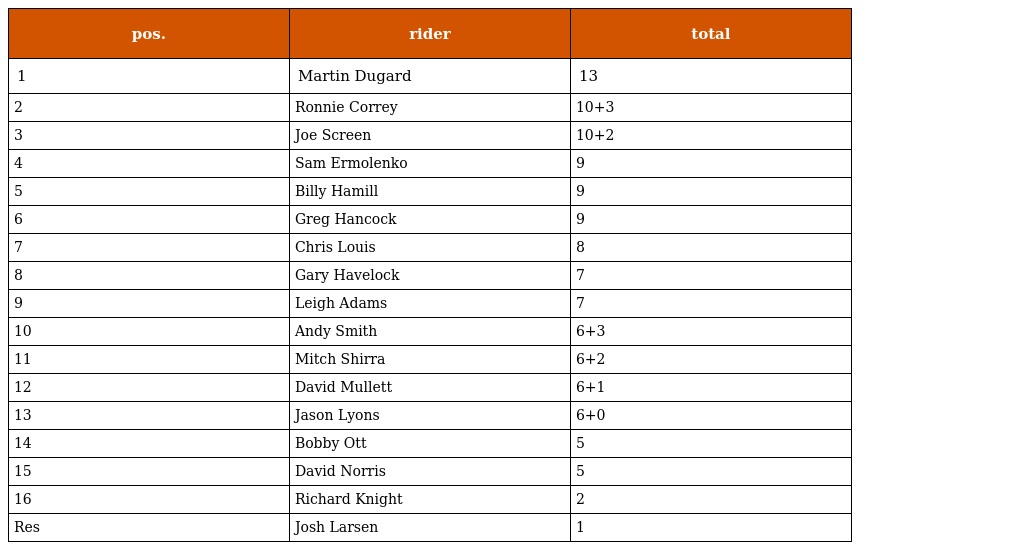
| pos. | rider | total |
 | --- | --- | --- |
 | 1 | Martin Dugard | 13 |
 | 2 | Ronnie Correy | 10+3 |
 | 3 | Joe Screen | 10+2 |
 | 4 | Sam Ermolenko | 9 |
 | 5 | Billy Hamill | 9 |
 | 6 | Greg Hancock | 9 |
 | 7 | Chris Louis | 8 |
 | 8 | Gary Havelock | 7 |
 | 9 | Leigh Adams | 7 |
 | 10 | Andy Smith | 6+3 |
 | 11 | Mitch Shirra | 6+2 |
 | 12 | David Mullett | 6+1 |
 | 13 | Jason Lyons | 6+0 |
 | 14 | Bobby Ott | 5 |
 | 15 | David Norris | 5 |
 | 16 | Richard Knight | 2 |
 | Res | Josh Larsen | 1 |